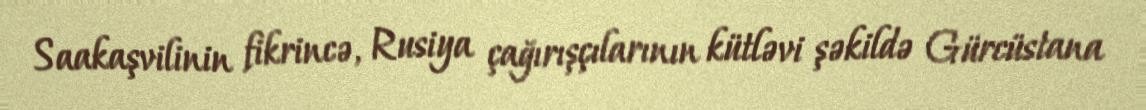
Saakaşvilinin fikrincə, Rusiya çağırışçılarının kütləvi şəkildə Gürcüstana